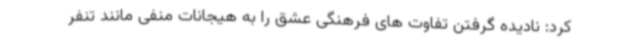
کرد: نادیده گرفتن تفاوت های فرهنگی عشق را به هیجانات منفی مانند تنفر